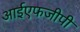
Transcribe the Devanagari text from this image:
आईएफजीपी